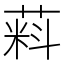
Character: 𬝮